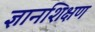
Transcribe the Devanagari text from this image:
ज्ञानशिक्षण